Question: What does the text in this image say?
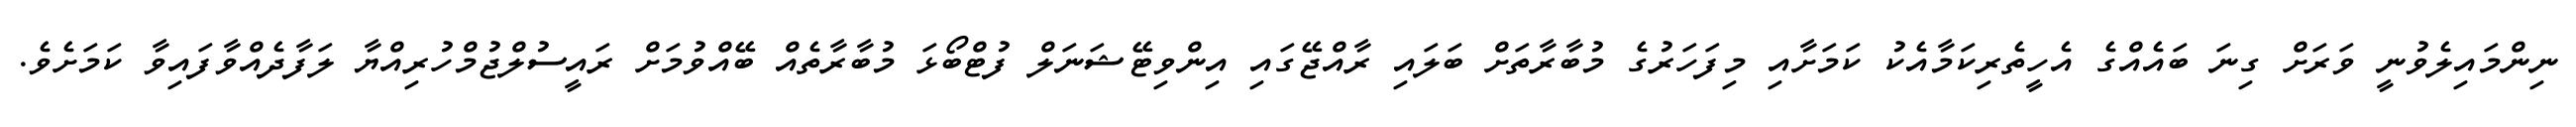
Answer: ނިންމައިލެވުނީ ވަރަށް ގިނަ ބައެއްގެ އެހީތެރިކަމާއެކު ކަމަށާއި މިފަހަރުގެ މުބާރާތަށް ބަލައި ރާއްޖޭގައި އިންވިޓޭޝަނަލް ފުޓްބޯޅަ މުބާރާތެއް ބޭއްވުމަށް ރައީސުލްޖުމްހުރިއްޔާ ލަފާދެއްވާފައިވާ ކަމަށެވެ.